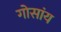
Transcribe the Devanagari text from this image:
गोसांय